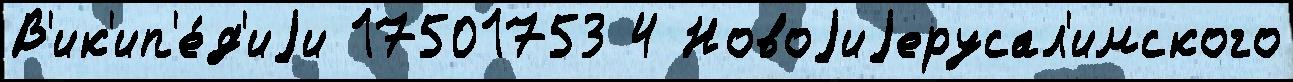
В'ик'ип'е́д'иjи 17501753 4 Новоjиjерусал'имского